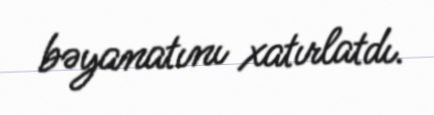
bəyanatını xatırlatdı.